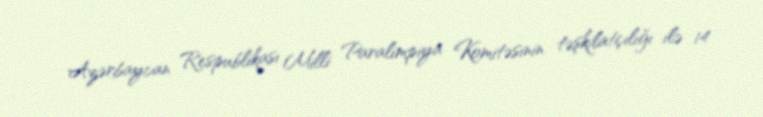
Azərbaycan Respublikası Milli Paralimpiya Komitəsinin təşkilatçılığı ilə 14